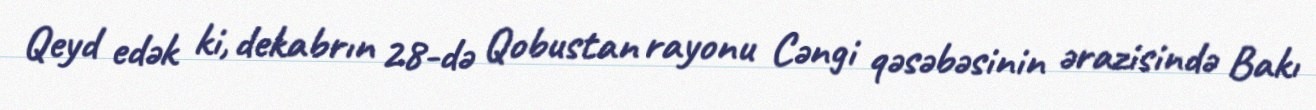
Qeyd edək ki, dekabrın 28-də Qobustan rayonu Cəngi qəsəbəsinin ərazisində Bakı